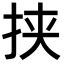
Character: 挟